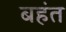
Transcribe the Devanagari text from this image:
बहंत